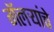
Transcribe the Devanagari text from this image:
गॅलऱ्यांचे